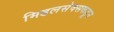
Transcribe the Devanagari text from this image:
मिडलसेक्सकडून